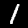
Digit: 1